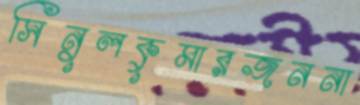
সিনুলকুমারজননা